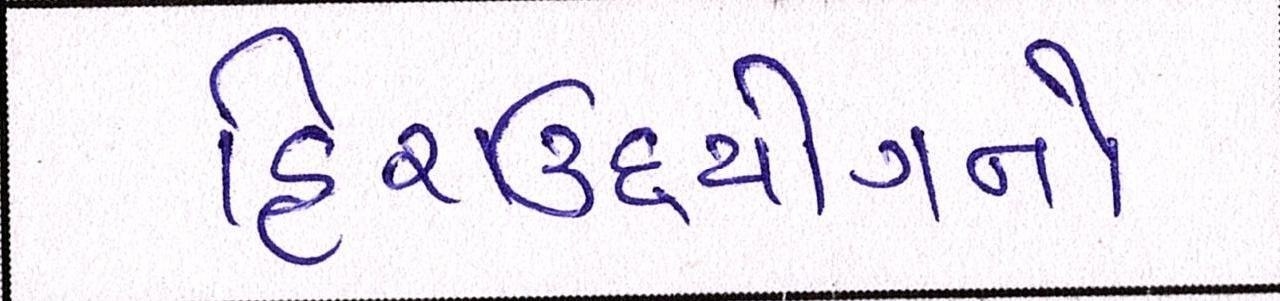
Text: હિરાઉદ્યોગનો